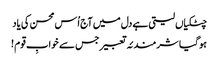
چٹکیاں لیتی ہے دل میں آج اُس محسن کی یاد
ہو گیا شرمندئہ تعبیر جس سے خوابِ قوم !